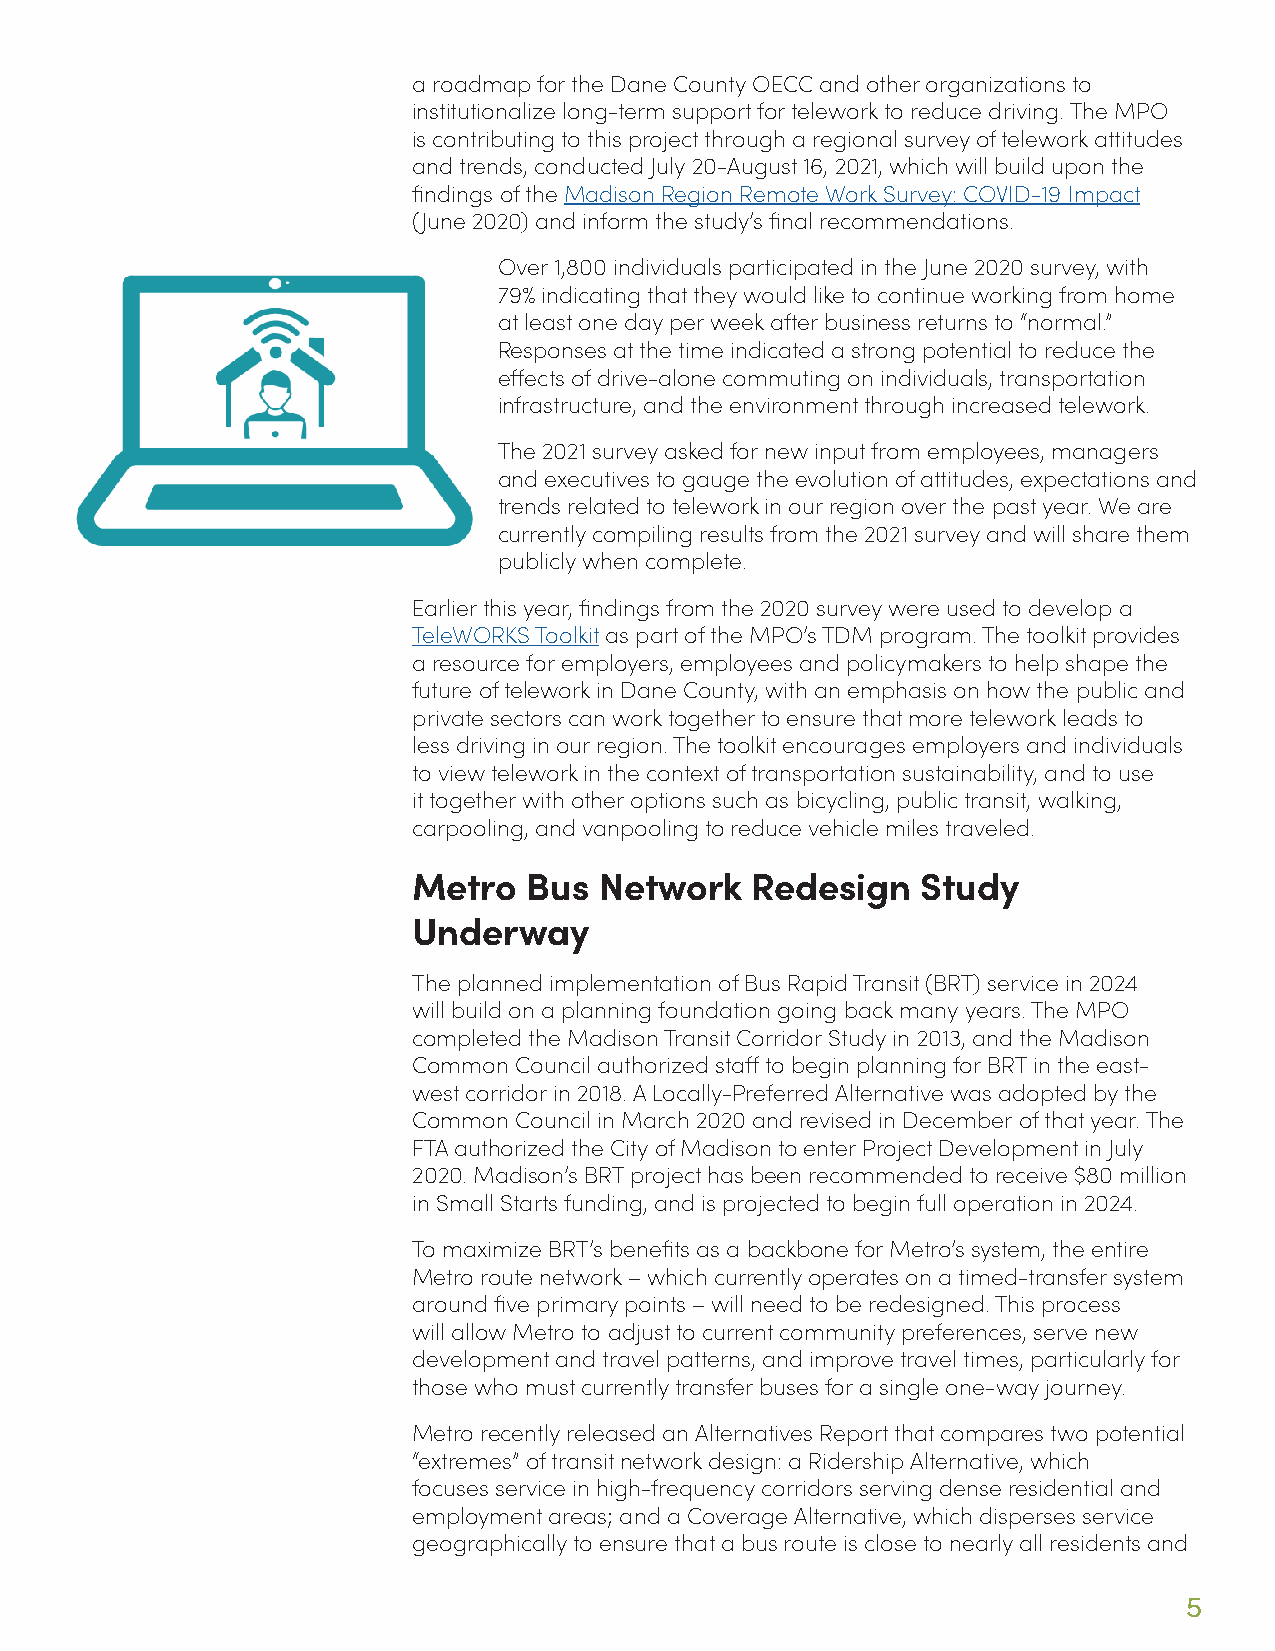
a roadmap for the Dane County OECC and other organizations to
 institutionalize long-term support for telework to reduce driving. The MPO
 is contributing to this project through a regional survey of telework attitudes
 and trends, conducted July 20-August 16, 2021, which will build upon the
 findings of the Madison Region Remote Work Survey: COVID-19 Impact
 (June 2020) and inform the study’s final recommendations.
 Over 1,800 individuals participated in the June 2020 survey, with
 79% indicating that they would like to continue working from home
 at least one day per week after business returns to “normal.”
 Responses at the time indicated a strong potential to reduce the
 effects of drive-alone commuting on individuals, transportation
 infrastructure, and the environment through increased telework.
 The 2021 survey asked for new input from employees, managers
 and executives to gauge the evolution of attitudes, expectations and
 trends related to telework in our region over the past year. We are
 currently compiling results from the 2021 survey and will share them
 publicly when complete.
 Earlier this year, findings from the 2020 survey were used to develop a
 TeleWORKS Toolkit as part of the MPO’s TDM program. The toolkit provides
 a resource for employers, employees and policymakers to help shape the
 future of telework in Dane County, with an emphasis on how the public and
 private sectors can work together to ensure that more telework leads to
 less driving in our region. The toolkit encourages employers and individuals
 to view telework in the context of transportation sustainability, and to use
 it together with other options such as bicycling, public transit, walking,
 carpooling, and vanpooling to reduce vehicle miles traveled.
 Metro   Bus  Network   Redesign   Study
 Underway
 The planned implementation of Bus Rapid Transit (BRT) service in 2024
 will build on a planning foundation going back many years. The MPO
 completed the Madison Transit Corridor Study in 2013, and the Madison
 Common Council authorized staff to begin planning for BRT in the east-
 west corridor in 2018. A Locally-Preferred Alternative was adopted by the
 Common Council in March 2020 and revised in December of that year. The
 FTA authorized the City of Madison to enter Project Development in July
 2020. Madison’s BRT project has been recommended to receive $80 million
 in Small Starts funding, and is projected to begin full operation in 2024.
 To maximize BRT’s benefits as a backbone for Metro’s system, the entire
 Metro route network – which currently operates on a timed-transfer system
 around five primary points – will need to be redesigned. This process
 will allow Metro to adjust to current community preferences, serve new
 development and travel patterns, and improve travel times, particularly for
 those who must currently transfer buses for a single one-way journey.
 Metro recently released an Alternatives Report that compares two potential
 “extremes” of transit network design: a Ridership Alternative, which
 focuses service in high-frequency corridors serving dense residential and
 employment areas; and a Coverage Alternative, which disperses service
 geographically to ensure that a bus route is close to nearly all residents and
 5